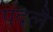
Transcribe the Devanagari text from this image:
पदलै